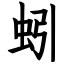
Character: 蚓